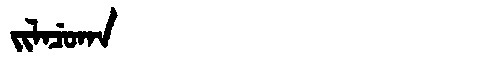
Manchu: ᠵᡳᠯᠠᠴᡠᡴᠠ
Romanization: JILACUKA